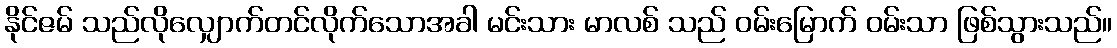
နိုင်ဇမ် သည်လိုလျှောက်တင်လိုက်သောအခါ မင်းသား မာလစ် သည် ဝမ်းမြောက် ဝမ်းသာ ဖြစ်သွားသည်။